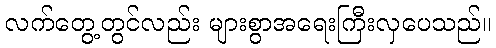
လက်တွေ့တွင်လည်း များစွာအရေးကြီးလှပေသည်။